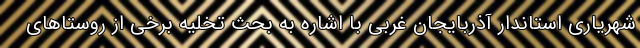
شهریاری استاندار آذربایجان غربی با اشاره به بحث تخلیه برخی از روستاهای